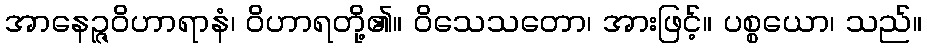
အာနေဉ္ဇဝိဟာရာနံ၊ ဝိဟာရတို့၏။ ဝိသေသတော၊ အားဖြင့်။ ပစ္စယော၊ သည်။